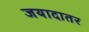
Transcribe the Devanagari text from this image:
जयादातर